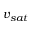
v _ { s a t }